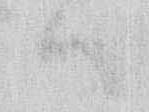
ハ